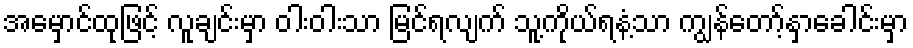
အမှောင်ထုဖြင့် လူချင်းမှာ ဝါးဝါးသာ မြင်ရလျက် သူ့ကိုယ်ရနံ့သာ ကျွန်တော့်နှာခေါင်းမှာ